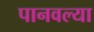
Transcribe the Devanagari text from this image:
पानवल्या